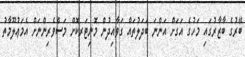
ބޭރުގެ ބާޒާރުގައި މަހުގެ އަގަށް އަންނަ ބަދަލުތައް ގަވާއިދުން މޮނިޓަރކޮށް މަސްވެރިންނަށް އެމަޢުލޫމާތު